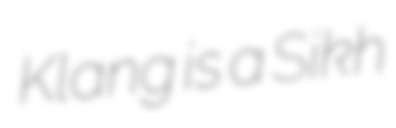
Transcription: Klang is a Sikh